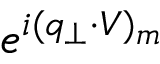
e ^ { i ( q _ { \perp } \cdot V ) _ { m } }